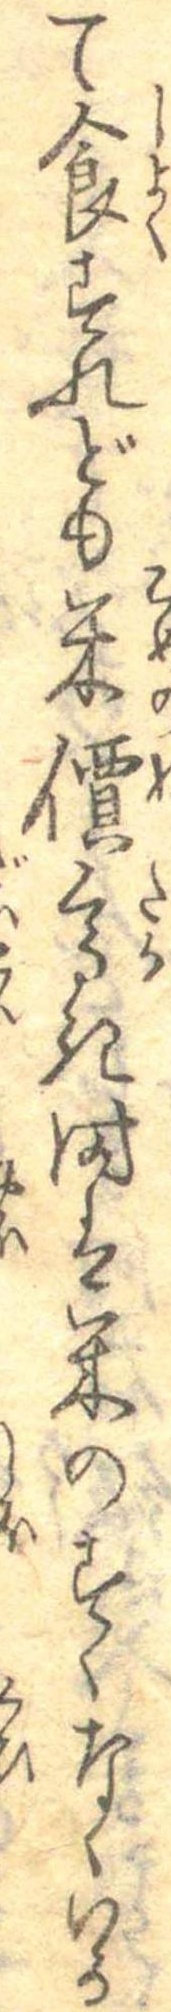
て食すれども米價高き時は米のすくなくいか